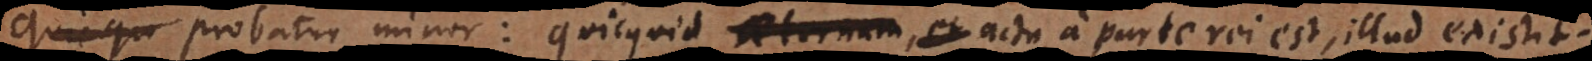
bile. Probatur minor: quicquid aeternum, et actu, a parte rei est, illud existit.